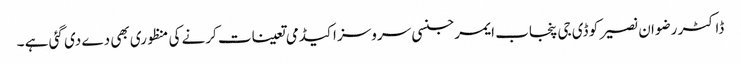
ڈاکٹر رضوان نصیر کو ڈی جی پنجاب ایمرجنسی سروسز اکیڈمی تعینات کرنے کی منظوری بھی دے دی گئی ہے ۔